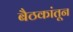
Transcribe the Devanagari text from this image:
बैठकांतून